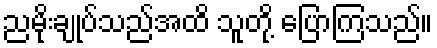
ညမိုးချုပ်သည်အထိ သူတို့ ပြောကြသည်။